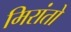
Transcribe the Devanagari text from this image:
मिरांतो